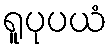
ရူပုပယံ